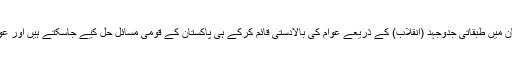
تاریخ کا سبق یہ ہے کہ پاکستان میں طبقاتی جدوجہد (انقلاب) کے ذریعے عوام کی بالادستی قائم کرکے ہی پاکستان کے قومی مسائل حل کیے جاسکتے ہیں اور عوام کا مقدر تبدیل ہوسکتا ہے‘‘۔